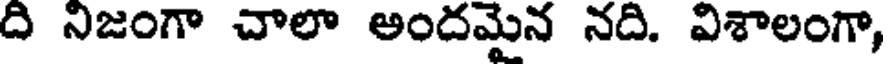
ది నిజంగా చాలా అందమైన నది. విశాలంగా,